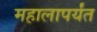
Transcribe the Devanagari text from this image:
महालापर्यंत